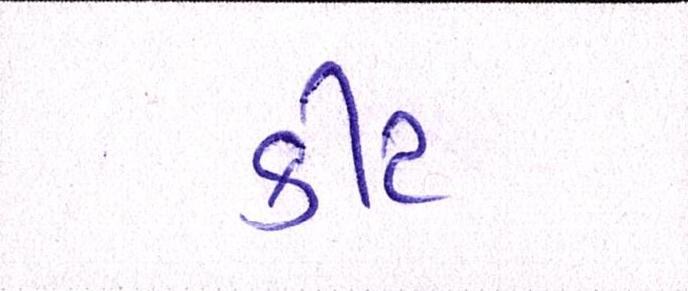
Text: કીટ